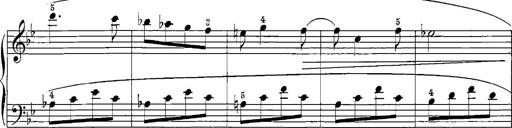
Title: 12 Sonatinas
Composer: Ignaz Pleyel